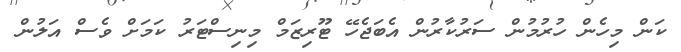
ކަން މިހެން ހުރުމުން ސަރުކާރުން އެބަޖެހޭ ޓޫރިޒަމް މިނިސްޓަރު ކަމަށް ވެސް އަލުން